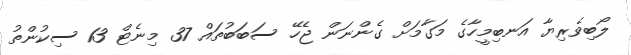
ލޯބިވެރިޔާ އަނބިމީހާގެ މަގާމަށް ގެންނަން ޖެހޭ ސަބަބުތައް 37 މިނެޓް 13 ސިކުންތު